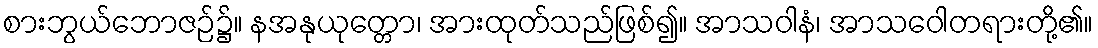
စားဘွယ်ဘောဇဉ်၌။ နအနုယုတ္တော၊ အားထုတ်သည်ဖြစ်၍။ အာသဝါနံ၊ အာသဝေါတရားတို့၏။